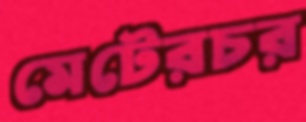
মেটেরচর